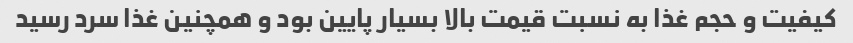
کیفیت و حجم غذا به نسبت قیمت بالا بسیار پایین بود و همچنین غذا سرد رسید